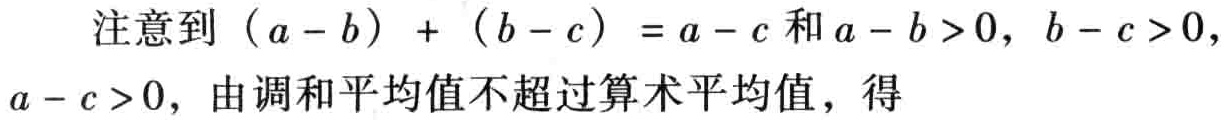
注意到\((a - b) + (b - c) = a - c\)和\(a - b > 0\)，\(b - c > 0\)，\(a - c > 0\)，由调和平均值不超过算术平均值，得